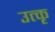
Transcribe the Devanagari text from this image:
उत्कृ